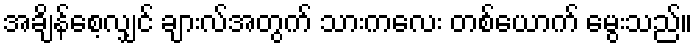
အချိန်စေ့လျှင် ချားလ်အတွက် သားကလေး တစ်ယောက် မွေးသည်။